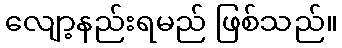
လျော့နည်းရမည် ဖြစ်သည်။